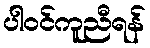
ပါဝင်ကူညီရန်